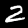
Digit: 2